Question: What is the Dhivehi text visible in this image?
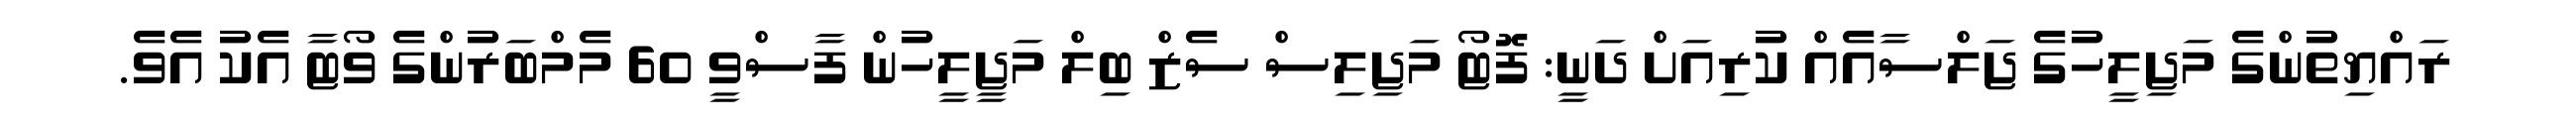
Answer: ރައްޔިތުންގެ މަޖިލީހުގެ ޖަލްސާއެއް ކުރިއަށް ދަނީ: ފޮޓޯ މަޖިލިސް ސެޒް ބިލް މަޖީލީހުން ފާސްވީ 60 މެމްބަރުންގެ ވޯޓާ އެކު އެވެ.